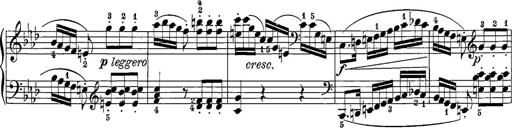
Title: 12 Sonatine per Pianoforte
Composer: Friedrich Kuhlau